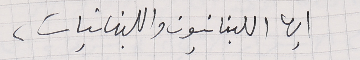
ايها اللبنانيون واللبنانيات،